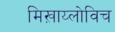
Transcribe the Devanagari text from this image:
मिख़ाय्लोविच